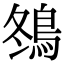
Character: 䳉